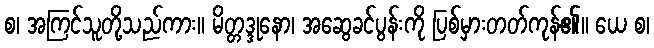
စ၊ အကြင်သူတို့သည်ကား။ မိတ္တဒ္ဒုနော၊ အဆွေခင်ပွန်းကို ပြစ်မှားတတ်ကုန်၏။ ယေ စ၊